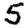
Digit: 5